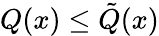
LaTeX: Q(x)\leq{\tilde{Q}}(x)